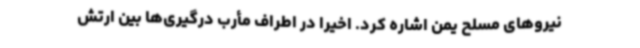
نیروهای مسلح یمن اشاره کرد. اخیرا در اطراف مأرب درگیری‌ها بین ارتش